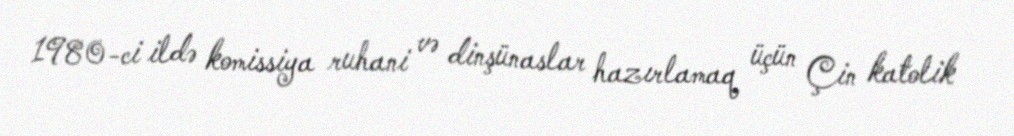
1980-ci ildə komissiya ruhani və dinşünaslar hazırlamaq üçün Çin katolik